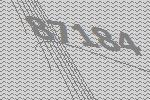
87184